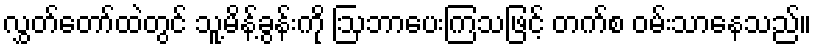
လွှတ်တော်ထဲတွင် သူ့မိန့်ခွန်းကို ဩဘာပေးကြသဖြင့် တက်စ ဝမ်းသာနေသည်။